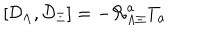
LaTeX: \left[ { \cal D } _ { \Lambda } , { \cal D } _ { \Xi } \right] = - { \cal R } _ { \Lambda \Xi } ^ { a } T _ { a }